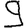
Digit: 9